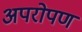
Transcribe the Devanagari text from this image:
अपरोपण